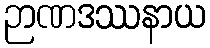
ဉာဏဒဿနာယ